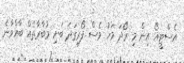
އެސްޓީއޯ އިން މި ރޯދަ މަހު ވެސް ފޯރިގަދަ ބަށި މުބާރާތެއް ބާއްވާނެ